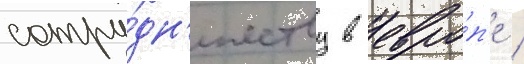
сотру́дн'ичеству в евро́п'е /